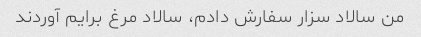
من سالاد سزار سفارش دادم، سالاد مرغ برایم آوردند